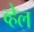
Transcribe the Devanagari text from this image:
व्‍हेल